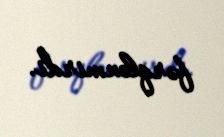
fərqlənmirdi.